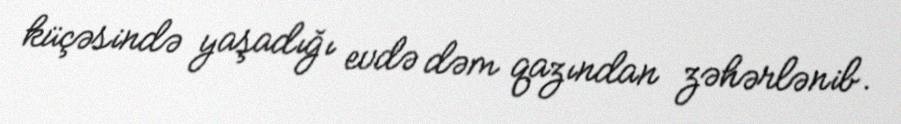
küçəsində yaşadığı evdə dəm qazından zəhərlənib.